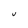
Character: V